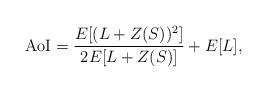
LaTeX: \begin{align*}{\rm AoI}=\frac{E[(L+Z(S))^2]}{2E[L+Z(S)]}+E[L],\end{align*}